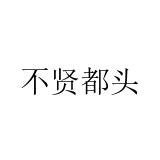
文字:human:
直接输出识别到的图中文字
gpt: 不贤都头